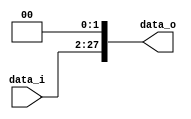
//Subject:      CO project 2 - Shift_Left_Two_32
//--------------------------------------------------------------------------------
//Version:     1
//--------------------------------------------------------------------------------
//Description: 
//--------------------------------------------------------------------------------

module Shift_Left_Two_28(
    data_i,
    data_o
    );

//I/O ports                    
input [26-1:0] data_i;
output [28-1:0] data_o;

//shift left 2
	assign data_o[27:0] = {data_i[25:0],2'b00};
endmodule